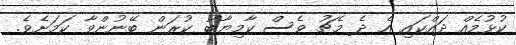
ކުޅުމެއް ދައްކައި އެ ދެ މެޗު ވެސް ކާމިޔާބު ކުރަން ބޭނުންވާ ކަމަށެވެ.